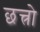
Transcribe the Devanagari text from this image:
छत्त्रो